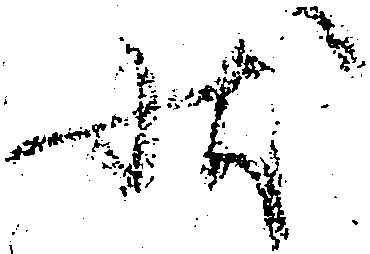
状